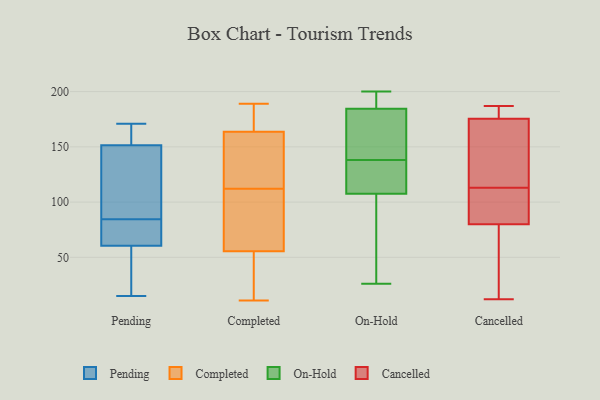
{"axis": {"x": "Energy Usage (MWh)", "y": "Value"}, "legend": ["Cancelled", "Completed", "On-Hold", "Pending"], "data": [{"x": "", "y": 22, "type": "Pending"}, {"x": "", "y": 74, "type": "Pending"}, {"x": "", "y": 113, "type": "Pending"}, {"x": "", "y": 162, "type": "Pending"}, {"x": "", "y": 15, "type": "Pending"}, {"x": "", "y": 171, "type": "Pending"}, {"x": "", "y": 79, "type": "Pending"}, {"x": "", "y": 141, "type": "Pending"}, {"x": "", "y": 162, "type": "Pending"}, {"x": "", "y": 85, "type": "Pending"}, {"x": "", "y": 47, "type": "Pending"}, {"x": "", "y": 84, "type": "Pending"}, {"x": "", "y": 153, "type": "Completed"}, {"x": "", "y": 63, "type": "Completed"}, {"x": "", "y": 189, "type": "Completed"}, {"x": "", "y": 152, "type": "Completed"}, {"x": "", "y": 53, "type": "Completed"}, {"x": "", "y": 13, "type": "Completed"}, {"x": "", "y": 32, "type": "Completed"}, {"x": "", "y": 136, "type": "Completed"}, {"x": "", "y": 165, "type": "Completed"}, {"x": "", "y": 33, "type": "Completed"}, {"x": "", "y": 160, "type": "Completed"}, {"x": "", "y": 110, "type": "Completed"}, {"x": "", "y": 182, "type": "Completed"}, {"x": "", "y": 11, "type": "Completed"}, {"x": "", "y": 112, "type": "Completed"}, {"x": "", "y": 169, "type": "Completed"}, {"x": "", "y": 63, "type": "Completed"}, {"x": "", "y": 103, "type": "Completed"}, {"x": "", "y": 169, "type": "Completed"}, {"x": "", "y": 138, "type": "On-Hold"}, {"x": "", "y": 166, "type": "On-Hold"}, {"x": "", "y": 148, "type": "On-Hold"}, {"x": "", "y": 135, "type": "On-Hold"}, {"x": "", "y": 195, "type": "On-Hold"}, {"x": "", "y": 116, "type": "On-Hold"}, {"x": "", "y": 121, "type": "On-Hold"}, {"x": "", "y": 129, "type": "On-Hold"}, {"x": "", "y": 199, "type": "On-Hold"}, {"x": "", "y": 48, "type": "On-Hold"}, {"x": "", "y": 73, "type": "On-Hold"}, {"x": "", "y": 200, "type": "On-Hold"}, {"x": "", "y": 175, "type": "On-Hold"}, {"x": "", "y": 182, "type": "On-Hold"}, {"x": "", "y": 26, "type": "On-Hold"}, {"x": "", "y": 192, "type": "On-Hold"}, {"x": "", "y": 82, "type": "On-Hold"}, {"x": "", "y": 89, "type": "Cancelled"}, {"x": "", "y": 182, "type": "Cancelled"}, {"x": "", "y": 118, "type": "Cancelled"}, {"x": "", "y": 113, "type": "Cancelled"}, {"x": "", "y": 184, "type": "Cancelled"}, {"x": "", "y": 24, "type": "Cancelled"}, {"x": "", "y": 12, "type": "Cancelled"}, {"x": "", "y": 77, "type": "Cancelled"}, {"x": "", "y": 146, "type": "Cancelled"}, {"x": "", "y": 187, "type": "Cancelled"}, {"x": "", "y": 156, "type": "Cancelled"}, {"x": "", "y": 72, "type": "Cancelled"}, {"x": "", "y": 102, "type": "Cancelled"}, {"x": "", "y": 186, "type": "Cancelled"}, {"x": "", "y": 101, "type": "Cancelled"}]}